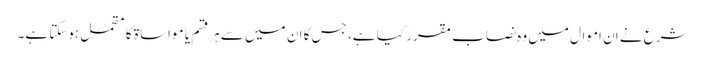
شرع نے ان اموال میں وہ نصاب مقرر کیا ہے، جس کا ان میں سے ہرقسم یا مواساۃ کا متحمل ہوسکتا ہے۔